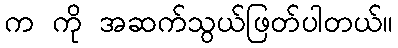
က ကို အဆက်သွယ်ဖြတ်ပါတယ်။